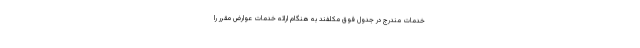
خدمات مندرج در جدول فوق مکلفند به هنگام ارائه خدمات عوارض مقرر را